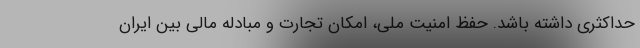
حداکثری داشته باشد. حفظ امنیت ملی، امکان تجارت و مبادله مالی بین ایران